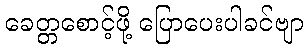
ခေတ္တစောင့်ဖို့ ပြောပေးပါခင်ဗျာ